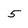
Character: 5